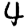
Digit: 4